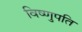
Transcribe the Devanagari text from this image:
विष्णुपति